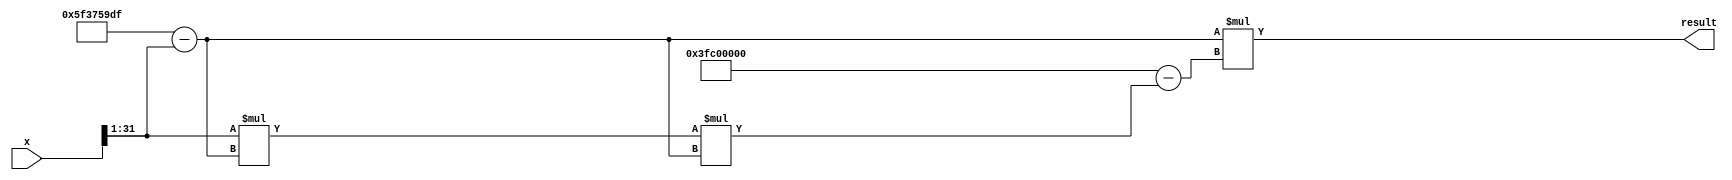
module FastInverseSqrt (
    input wire [31:0] x,       // 32-bit input floating-point number
    output wire [31:0] result  // 32-bit output approximate inverse square root
);

    reg [31:0] xhalf;
    wire [31:0] approx, improved;

    always @* begin
        xhalf = (x >> 1);
    end

    // Convert floating-point input to integer representation
    reg [31:0] x_int;
    always @* begin
        x_int = x;
    end

    // Initial approximation using bit manipulation
    wire [31:0] initial_approx;
    assign initial_approx = 32'h5f3759df - (x_int >> 1);

    // Convert integer approximation back to floating-point
    reg [31:0] initial_approx_float;
    always @* begin
        initial_approx_float = initial_approx;
    end

    // Perform one iteration of Newton's method to refine the approximation
    always @* begin
        approx = initial_approx_float;
        improved = approx * (32'h3fc00000 - (xhalf * approx * approx));
    end

    assign result = improved;

endmodule